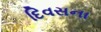
દિવસના